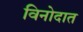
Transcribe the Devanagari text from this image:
विनोदात